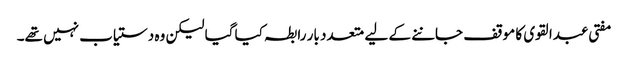
مفتی عبدالقوی کا موقف جاننے کے لیے متعدد بار رابطہ کیا گیا لیکن وہ دستیاب نہیں تھے۔